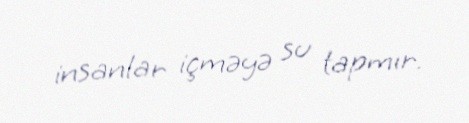
insanlar içməyə su tapmır.